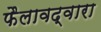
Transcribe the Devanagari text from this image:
फैलावद्वारा